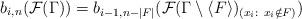
LaTeX: \begin{align*}b_{i,n}(\mathcal{F}(\Gamma))=b_{i-1,n-|F|}(\mathcal{F}(\Gamma\setminus \langle F \rangle)_{(x_i: \ x_i \notin F)})\end{align*}